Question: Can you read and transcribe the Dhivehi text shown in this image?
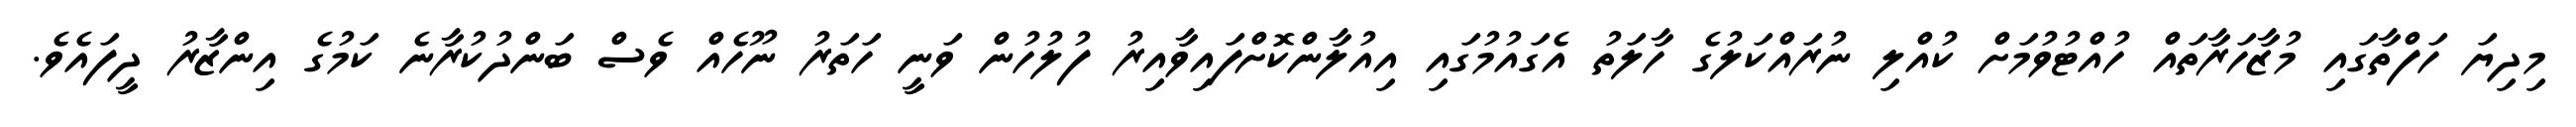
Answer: މިދިޔަ ހަފްތާގައި މުޒާހަރާތައް ހުއްޓުވުމަށް ކުއްލި ނުރައްކަލުގެ ހާލަތު އެގައުމުގައި އިއުލާންކޮށްފައިވާއިރު ފުލުހުން ވަނީ ހަތަރު ނޫހެއް ވެސް ބަންދުކުރާނެ ކަމުގެ އިންޒާރު ދީފައެވެ.